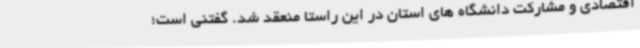
اقتصادی و مشارکت دانشگاه های استان در این راستا منعقد شد. گفتنی است؛